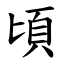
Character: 頃